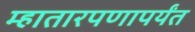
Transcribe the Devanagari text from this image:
म्हातारपणापर्यंत